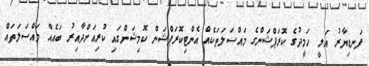
ފަނޑިޔާރު އަލީ ހަމީދުގެ ކޮރަޕްޝަންގެ މައްސަލަތަކެއް އެންޓިކޮރަޕްޝަން ކޮމިޝަންގައި ކުރިއަށްދާއިރު ބައެއް މައްސަލަތައް